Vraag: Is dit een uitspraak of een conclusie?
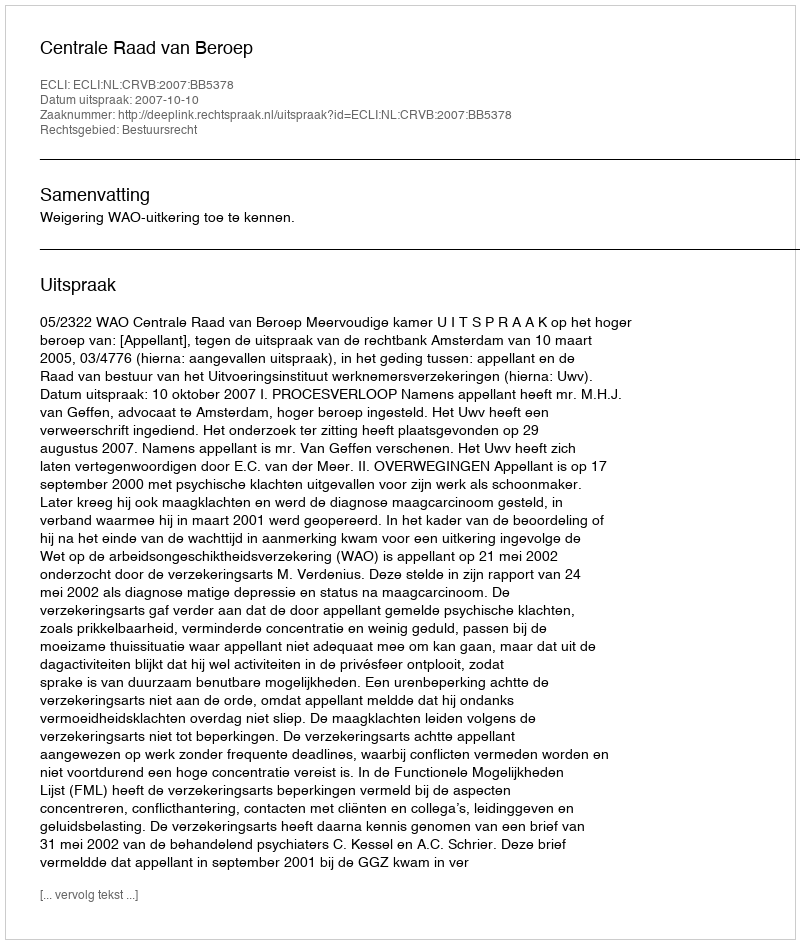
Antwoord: Uitspraak